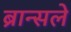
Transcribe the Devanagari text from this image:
ब्रान्सले